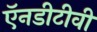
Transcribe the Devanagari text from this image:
ऍनडीटीवी